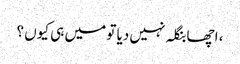
، اچھا بنگلہ نہیں دیا تو میں ہی کیوں ؟